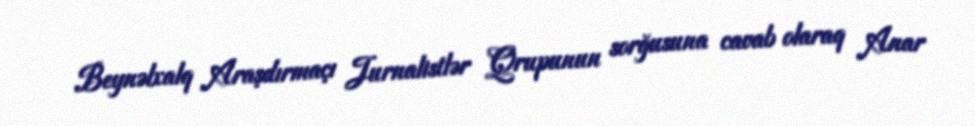
Beynəlxalq Araşdırmaçı Jurnalistlər Qrupunun sorğusuna cavab olaraq Anar